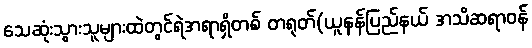
သေဆုံးသွားသူများထဲတွင်ရဲအရာရှိတစ် တရုတ်(ယူနန်ပြည်နယ် အသိဆရာဝန်